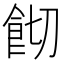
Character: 𩚦